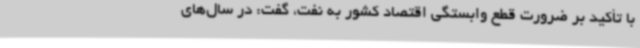
با تأکید بر ضرورت قطع وابستگی اقتصاد کشور به نفت، گفت: در سال‌های